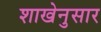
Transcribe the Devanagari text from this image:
शाखेनुसार